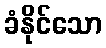
ခံနိုင်သော